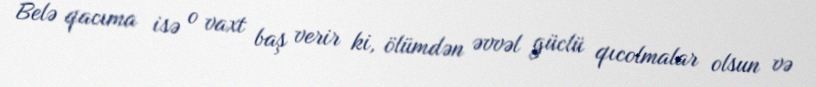
Belə qacıma isə o vaxt baş verir ki, ölümdən əvvəl güclü qıcolmalar olsun və